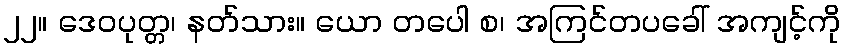
၂၂။ ဒေဝပုတ္တ၊ နတ်သား။ ယော တပေါ စ၊ အကြင်တပခေါ် အကျင့်ကို